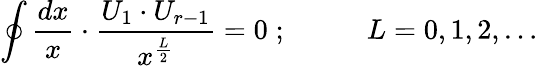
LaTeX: \oint\frac{dx}{x}\cdot\frac{U_{1}\cdot U_{r-1}}{x^{\frac{L}{2}}}=0\; ;\; \; \; \; \; \; \; \; \; \; L=0,1,2,\ldots